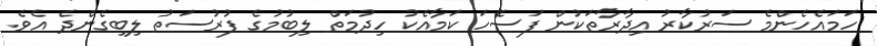
ހަމައެހެންމެ ސަރުކާރު އިދާރާތަކުން ފަސޭހަ ކަމާއެކު ހިދުމަތް ލިބުމުގެ ފުރުސަތު ލިބިގެންދެ އެވެ.